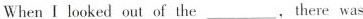
When I looked out of the ___ ,there was